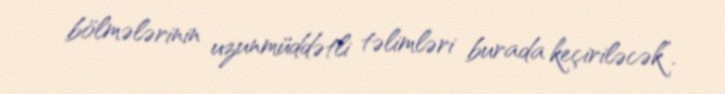
bölmələrinin uzunmüddətli təlimləri burada keçiriləcək”.